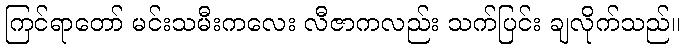
ကြင်ရာတော် မင်းသမီးကလေး လီဇာကလည်း သက်ပြင်း ချလိုက်သည်။